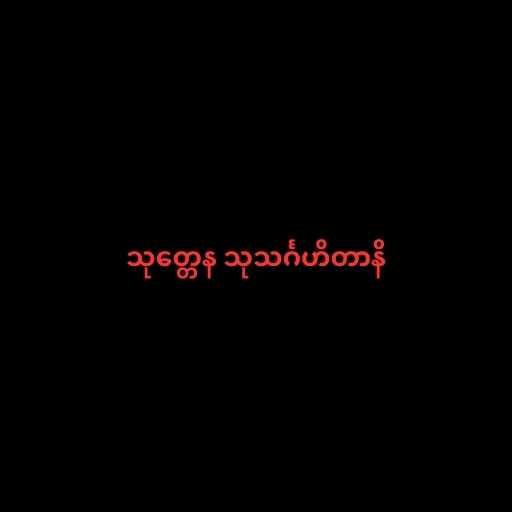
သုတ္တေန သုသင်္ဂဟိတာနိ